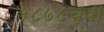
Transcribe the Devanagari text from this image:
१८७८च्या